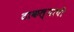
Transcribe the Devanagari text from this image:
टाकल्याची